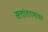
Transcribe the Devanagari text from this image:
सत्तांतरणावर